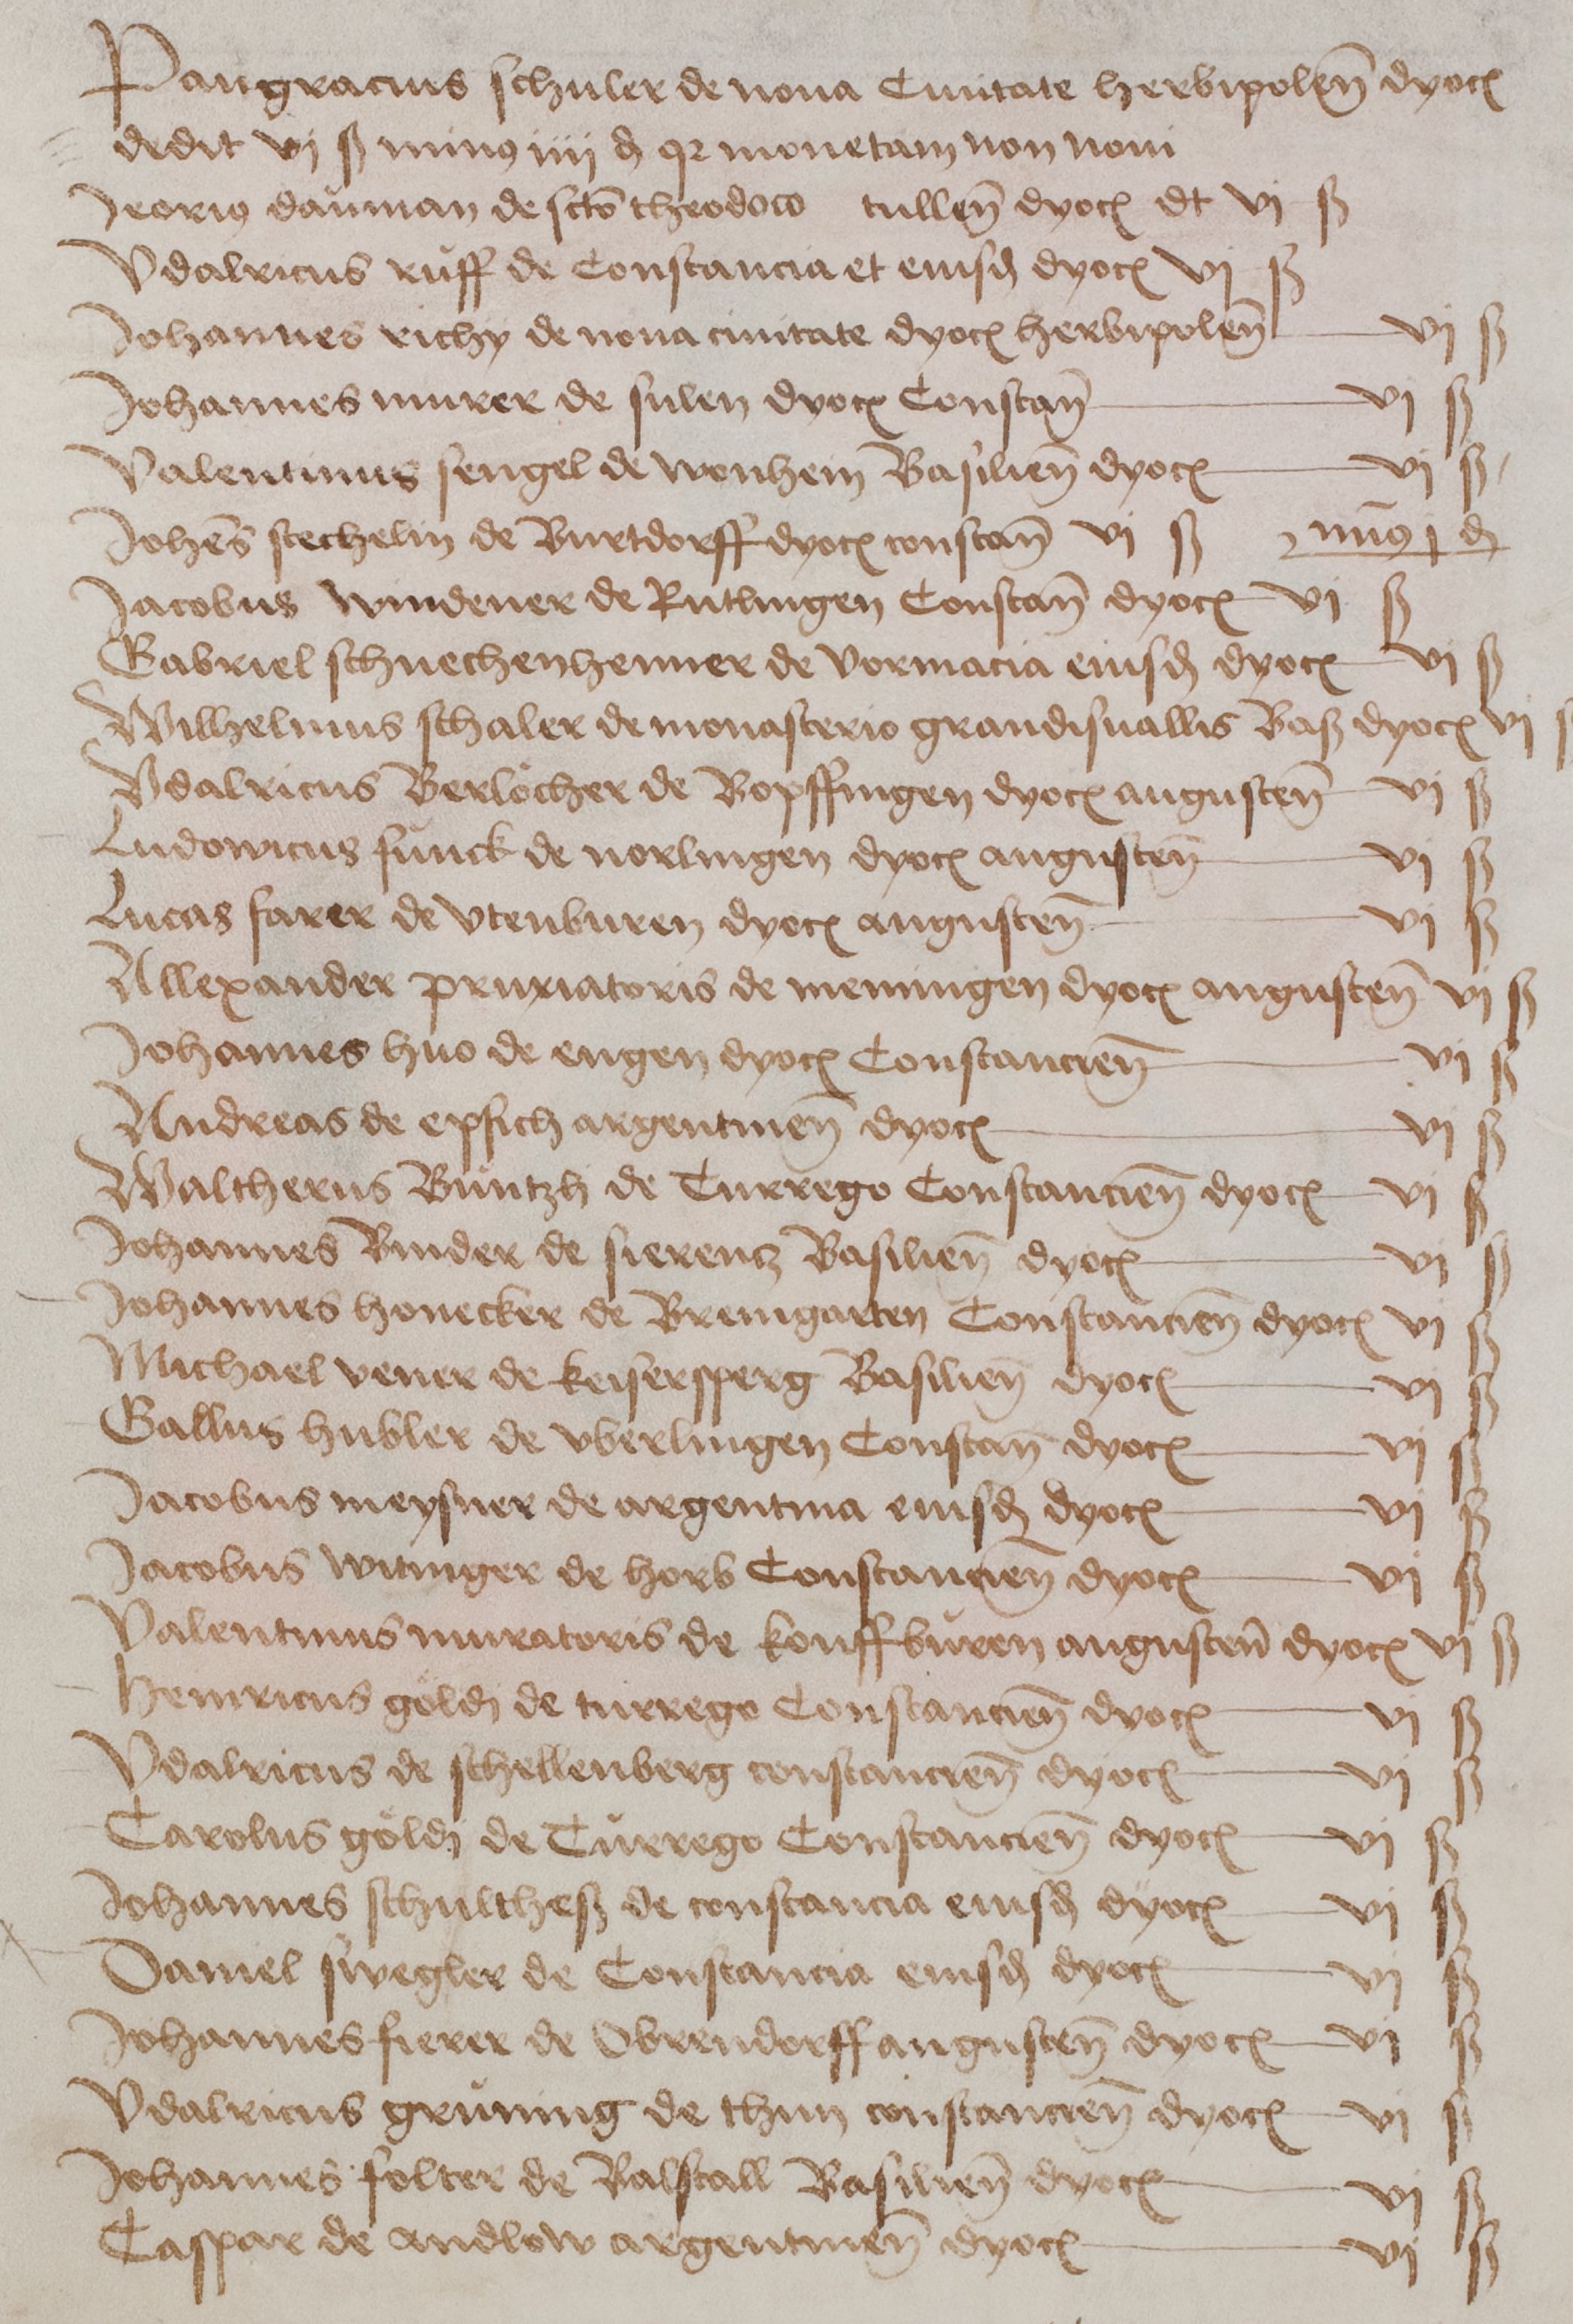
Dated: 1460–1567